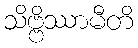
သိဗ္ဗိဿာမီတိ